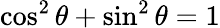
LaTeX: \cos^{2}\theta+\sin^{2}\theta=1